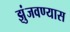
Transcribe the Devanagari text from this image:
झुंजवण्यास